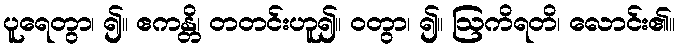
ပူရေတွာ၊ ၍။ ဧကန္တိ၊ တတင်းဟူ၍။ ဝတွာ၊ ၍။ ဩကိရတိ၊ လောင်း၏။